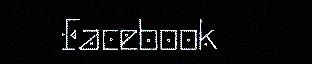
Facebook